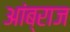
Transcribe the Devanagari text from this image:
आंब्राज